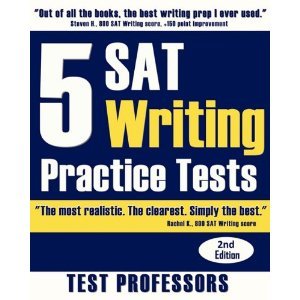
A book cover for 5 SAT Writing Practice Tests 2nd (Second) edition byProfessors; Professors; Test Preparation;